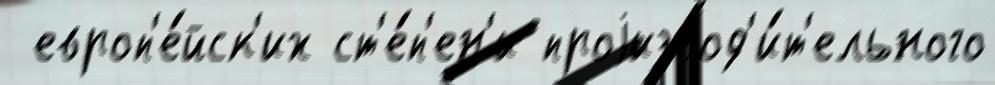
 европ'е́йск'их ст'е́п'ен'и проjизвод'и́т'ельного